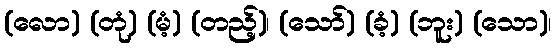
(လော) (တုံ) (မံ့) (တည့်)၊ (သော်) (ခံ့) (ဘူး) (သော)၊